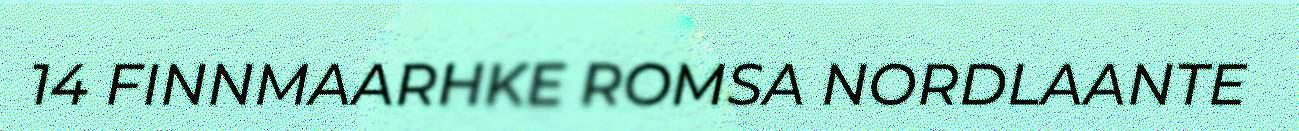
14 FINNMAARHKE ROMSA NORDLAANTE